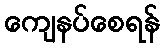
ကျေနပ်စေရန်